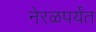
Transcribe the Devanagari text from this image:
नेरळपर्यंत